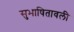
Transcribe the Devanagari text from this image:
सुभाषितावली